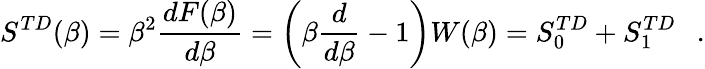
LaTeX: S^{TD}(\beta)=\beta^{2}{\frac{dF(\beta)}{d\beta}}=\left(\beta{\frac{d}{d\beta}}-1\right)W(\beta)=S_{0}^{TD}+S_{1}^{TD}~~~.